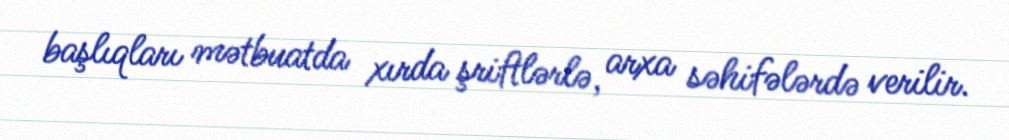
başlıqları mətbuatda xırda şriftlərlə, arxa səhifələrdə verilir.